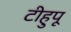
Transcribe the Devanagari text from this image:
टीहुपू